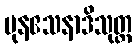
ပုနဧသနာဒိသုတ္တ